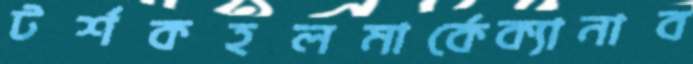
টর্শকহলমার্কেক্যানাব